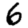
Digit: 6